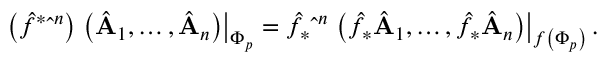
\left( \hat { f } ^ { * } \hat { \bf \omega } ^ { n } \right) \left. \left( \hat { \bf A } _ { 1 } , \ldots , \hat { \bf A } _ { n } \right) \right| _ { \Phi _ { p } } = \hat { f } _ { * } \hat { \bf \omega } ^ { n } \left. \left( \hat { f } _ { * } \hat { \bf A } _ { 1 } , \ldots , \hat { f } _ { * } \hat { \bf A } _ { n } \right) \right| _ { f \left( \Phi _ { p } \right) } .